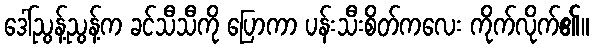
ဒေါ်ညွန့်ညွန့်က ခင်သီသီကို ပြောကာ ပန်းသီးစိတ်ကလေး ကိုက်လိုက်၏။